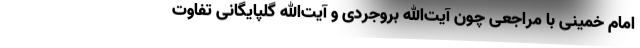
امام خمینی با مراجعی چون آیت‌الله بروجردی و آیت‌الله گلپایگانی تفاوت